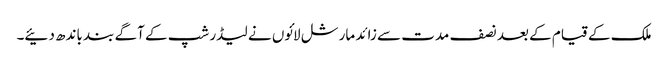
ملک کے قیام کے بعد نصف مدت سے زائد مارشل لائوں نے لیڈر شپ کے آگے بند باندھ دئیے۔